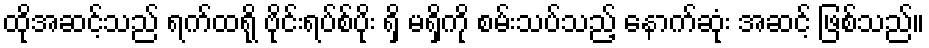
ထိုအဆင့်သည် ရက်ထရို ဗိုင်းရပ်စ်ပိုး ရှိ မရှိကို စမ်းသပ်သည့် နောက်ဆုံး အဆင့် ဖြစ်သည်။